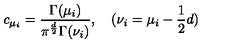
c _ { \mu _ { i } } = \frac { \Gamma ( \mu _ { i } ) } { \pi ^ { \frac { d } { 2 } } \Gamma ( \nu _ { i } ) } , \quad ( \nu _ { i } = \mu _ { i } - \frac { 1 } { 2 } d )